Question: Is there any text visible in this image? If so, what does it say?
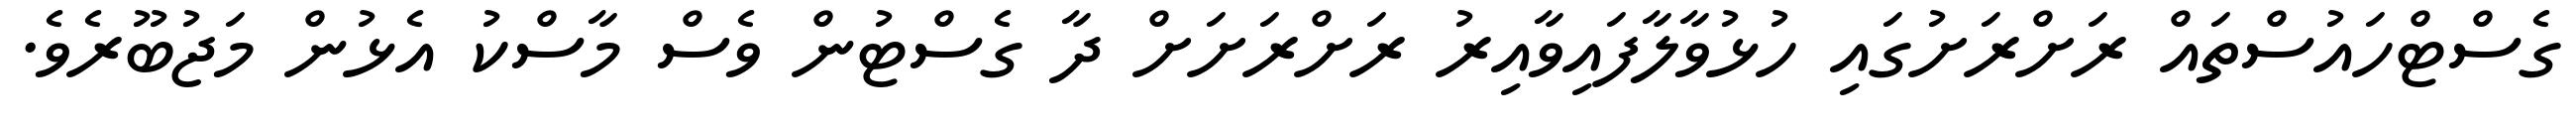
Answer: ގެސްޓްހައުސްތައް ރަށްރަށުގައި ހުޅުވާލާފައިވާއިރު ރަށްރަށަށް ދާ ގެސްޓުން ވެސް މާސްކު އެޅުން މަޖުބޫރެވެ.